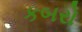
કબરો